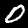
Digit: 0